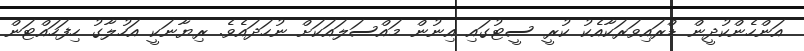
އަންހެންކުދީން ޑްރައިވަރަކާއެކު ކުރީ ސީޓުގައި އިނުން މައްސަލައަކަށް ނުހަދައެވެ. ރިޔާނަކީ އަހުލާގު ހިފަހައްޓަން